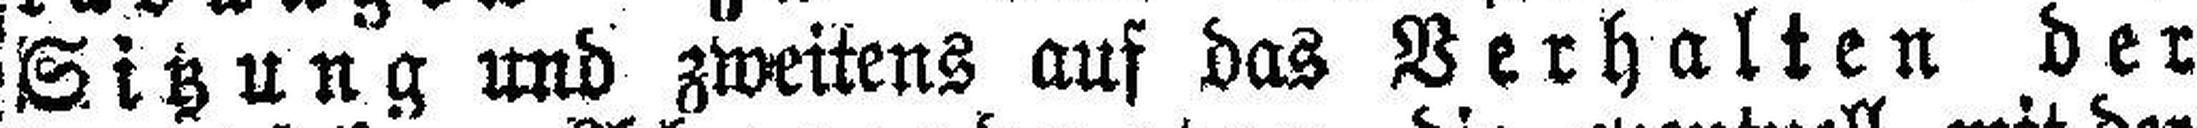
Sitzung und zweitens auf das Verhalten der